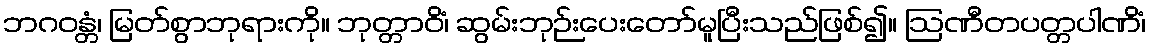
ဘဂဝန္တံ၊ မြတ်စွာဘုရားကို။ ဘုတ္တာဝိံ၊ ဆွမ်းဘုဉ်းပေးတော်မူပြီးသည်ဖြစ်၍။ ဩဏီတပတ္တပါဏိံ၊